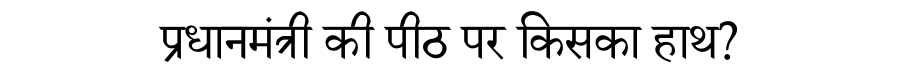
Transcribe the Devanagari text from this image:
प्रधानमंत्री की पीठ पर किसका हाथ?